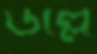
উল্লে